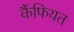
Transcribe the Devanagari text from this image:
र्कैफियत